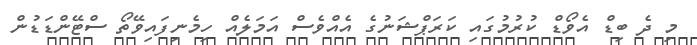
މި ދެ ބިޑް އެވޯޑް ކުރުމުގައި ކަރަޕްޝަނުގެ އެއްވެސް އަމަލެއް ހިމެނިފައިވޭތޯ ސްޓޭންޑަޑުން